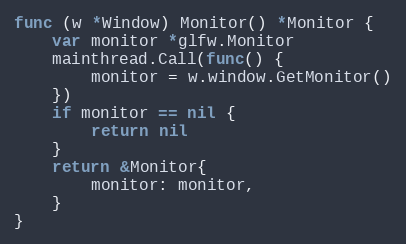
Language: Go
func (w *Window) Monitor() *Monitor {
	var monitor *glfw.Monitor
	mainthread.Call(func() {
		monitor = w.window.GetMonitor()
	})
	if monitor == nil {
		return nil
	}
	return &Monitor{
		monitor: monitor,
	}
}